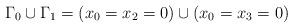
LaTeX: \begin{align*} \Gamma_0\cup \Gamma_1=(x_0=x_2=0) \cup (x_0=x_3=0) \end{align*}